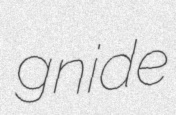
gnide